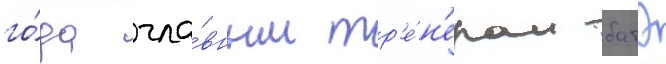
го́да гла́вным тр'е́н'ером батэ